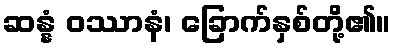
ဆန္နံ ဝဿာနံ၊ ခြောက်နှစ်တို့၏။